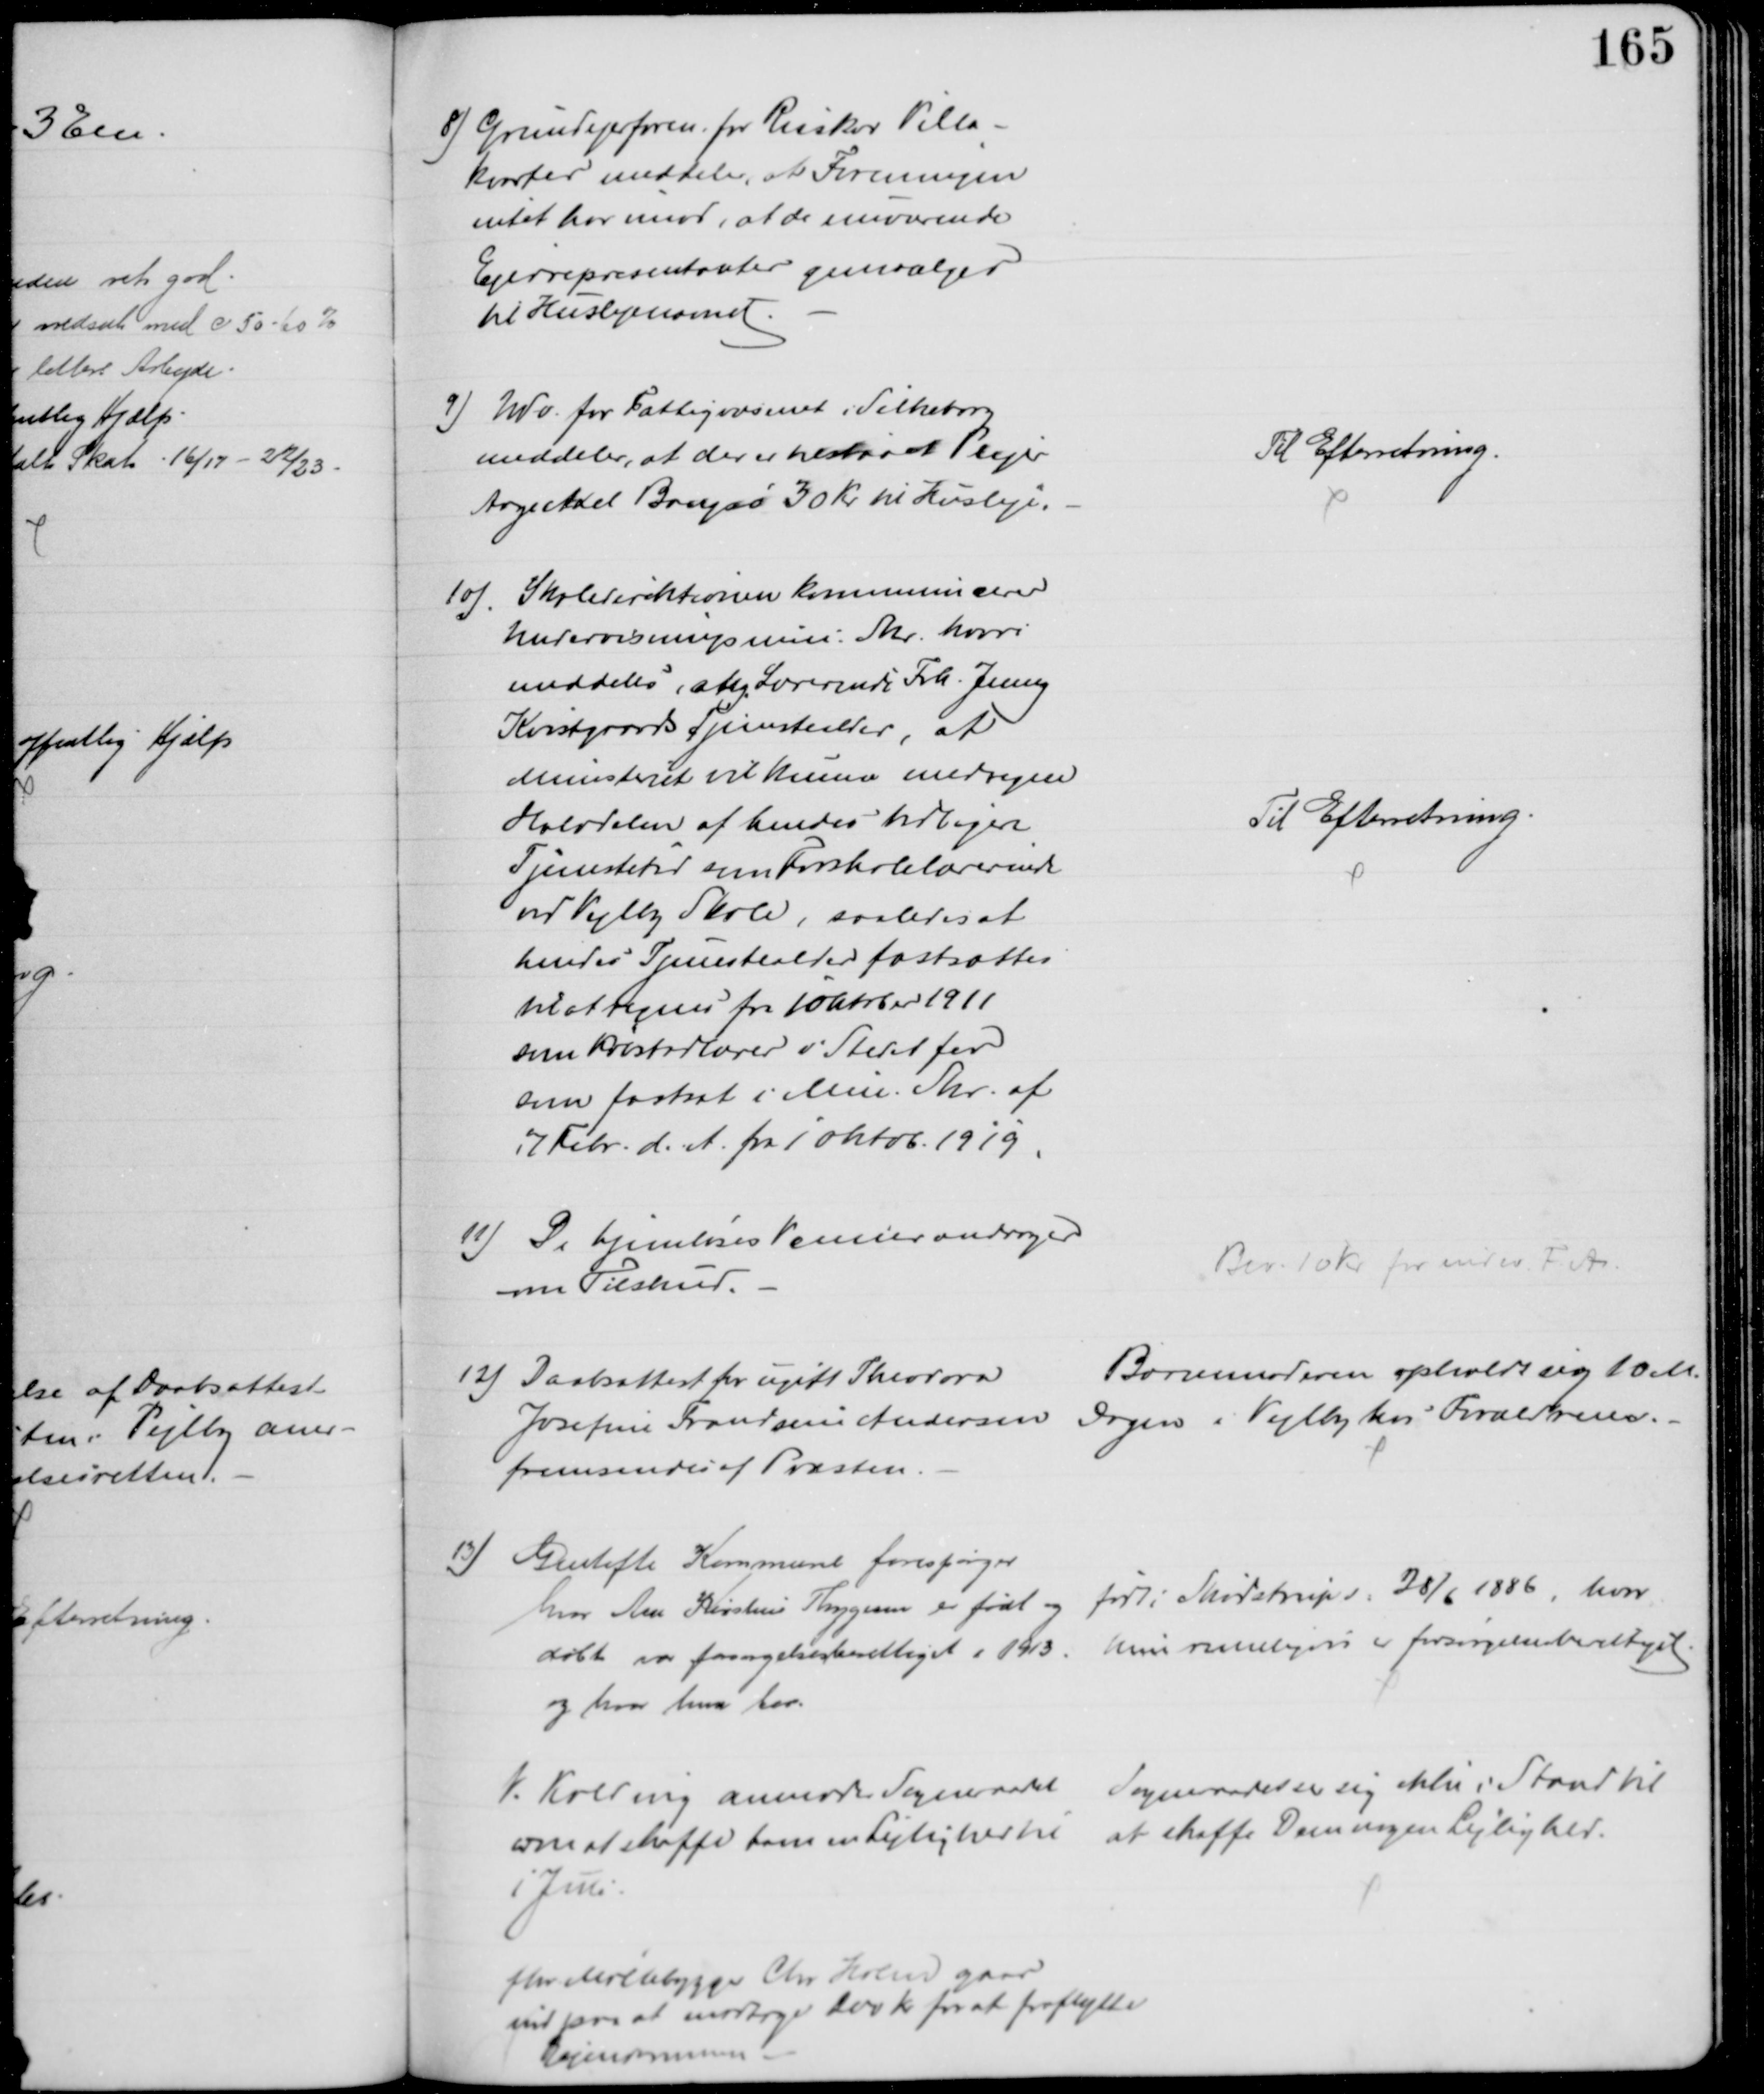
Transskription:
8) Grundejerforen. for Risskov Villa-
kvarter meddeler, at Foreningen
intet har imod, at de nuværende
Ejerrepræsentanter genvælges
til Huslejenævnet.
9) Udv. for Fattigvæsenet i Silkeborg
meddeler, at der er tilstaaet Plejer
Aage Axel Bangsø 30 Kr til Husleje.
Til Efterretning.
10). Skoledirektionen kommunicerer
Undervisningsmin. Skr. hvori
meddeles, at Lærerinde Frk. Jenny
Kvistgaards Tjenestealder, at
Ministeret vil kunne medregne
Halvdelen af hendes tidligere
Tjenestetid som Forskolelærerinde
ved Vejlby Skole, saaledes at
hendes Tjenestealder fastsættes
til at regnes fra 1Oktober 1911
som Pristadlærer i Stedet for
som fastsat i Min. Skr. af
7 Febr. d. A. fra 1 Oktob. 1919
Til Efterretning.
11) De hjemløses Venner andrager
om Tilskud.
Bev. 10 Kr for indev. F. A.
12) Daabsattest for ugift Theodora
Josefine Frandsine Andersen 
fremsendes af Præsten.
Barnemoderen opholdt sig 10 M.
Dagen i Vejlby hos Forældrene.
13) Gentofte Kommune forespørger
hvor Ane Kirstine Thygesen er født og
døbt var forsørgelsesberettiget i 1913
og hvor hun bor.
født i Skødstrup d. 28/6 1886, hvor
hun rimeligvis er forsørgelsesberettiget.
V. Kolling anmoder Sogneraadet
om at skaffe ham en Lejlighed til
1 Juni
Sogneraadet ser sig ikke i Stand til
at skaffe Dem nogen Lejlighed.
fhv Møllebygger Chr Holm gaar
ind paa at modtage 200 Kr for at fraflytte
Ejendommen.